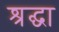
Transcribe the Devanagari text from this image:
श्रद्घा